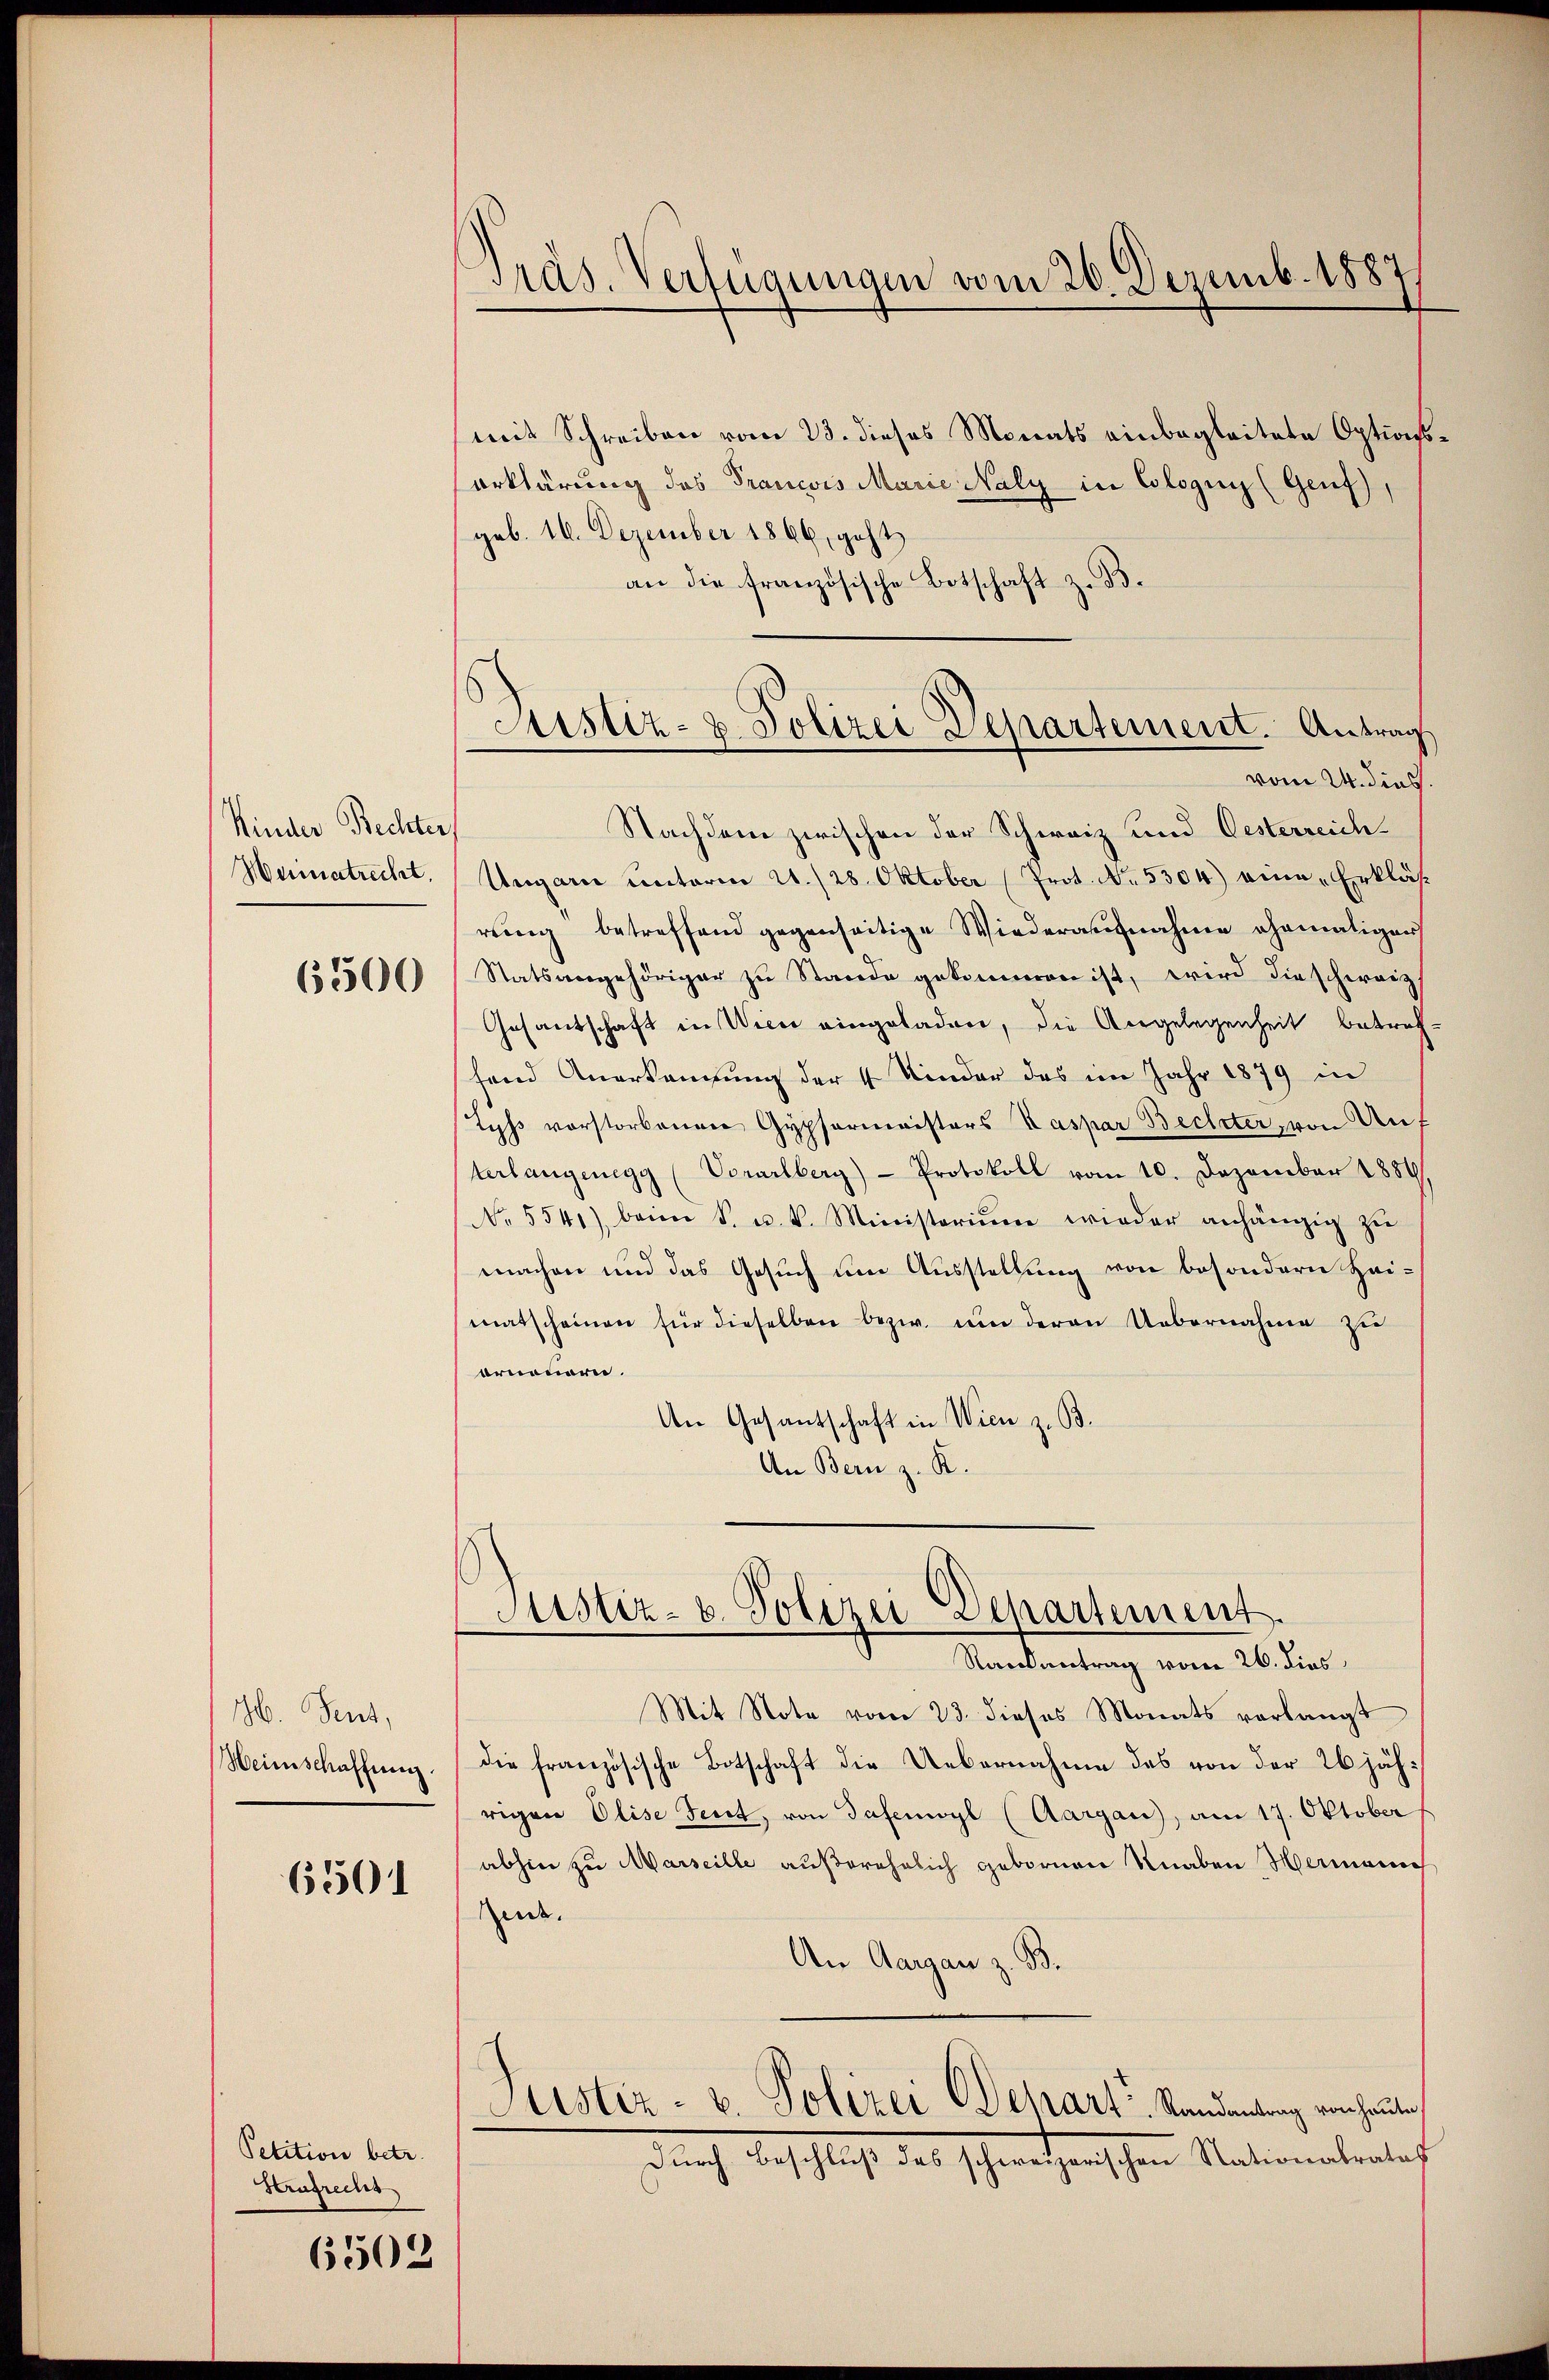
Kinder Bechter
Weimatrecht.

6500

16. Sent,
Weinschaffung.

6501

Petition betr.
Strafrecht

6502

Präs. Verfügungen vom 20. Dezemb. 1887

Justiz- & Polizei Departement. Antrag
vom 24. dies.

mit Schreiben vom 23. dieses Monats einbegleitete Optionserklärung des Francois Marie Naly in Cologus (Genf),
geb. 16. Dezember 1866, geht,
 Botschaft z. B.
an die französisch
e
Nachdem zwischen der Schweiz und Oesterreich¬
Ungarn unterm 21./28. Oktober (Prot. No. 5304) eine „Erkläsrung betreffend gegenseitige Wiederaufnahme ehemaligen
Statsangehöriger zu Stande gekommen ist, wird die schweiz
Gesantschaft in Wien eingeladen, die Angelegenheit betref-
fend Anerkennung der 4 Kinder das im Jahr 1879 in
Lyss vorstorbenen Gypfermeisters Kaspar Bechter, von Auf
terlangenegg (Vorarlberg) - Protokoll vom 10. Dezember 1889,
No. 5541) beim S. u. k. Ministeriŭm wieder anhängig zŭ
machen und das Gesuch um Ausstellung von besondern Hai-
matscheinen für dieselben bezw. ŭm deren Uebernahme zu
orneuern.
An Gesantschaft in Wien z. B.
An Bern z. K.

Justiz- u. Polizei Departement.
Randantrag vom 26. dies

Mit Note vom 23. dieses Monats verlangt
die französische Botschaft die Uebernahme des von der 26 jährigen Olise Tent, von Tafenwyl (Aargau), am 17. Oktober
abhin zu Marseille außerehelich gebornen Knaben Hermann
Renz.
An Aargau z. B.
Justiz- u. Polizei Depart Randantrag von heute,
durch Beschluß des schweizerischen Nationalerles